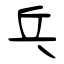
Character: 乓